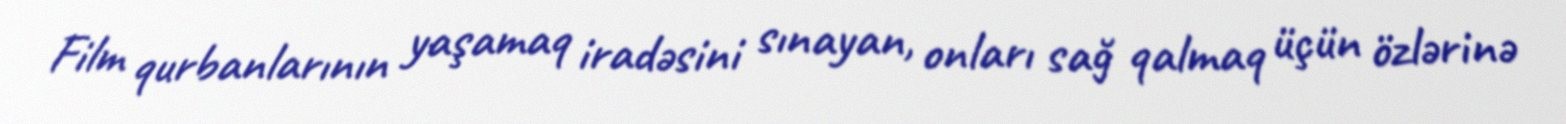
Film qurbanlarının yaşamaq iradəsini sınayan, onları sağ qalmaq üçün özlərinə